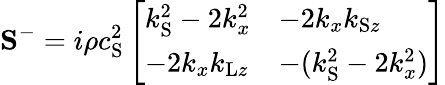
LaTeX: \mathbf{S}^{-}=i\rho c_{\mathrm{S}}^{2}\left[\begin{array}{ll}{k_{\mathrm{S}}^{2}-2k_{x}^{2}}&{-2k_{x}k_{\mathrm{S}z}}\\ {-2k_{x}k_{\mathrm{L}z}}&{-(k_{\mathrm{S}}^{2}-2k_{x}^{2})}\end{array}\right]